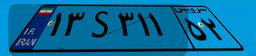
۷۴S۱۲۱۸۸